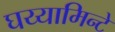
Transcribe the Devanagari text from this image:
घय्यामिन्टे